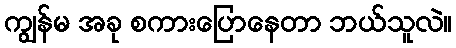
ကျွန်မ အခု စကားပြောနေတာ ဘယ်သူလဲ။